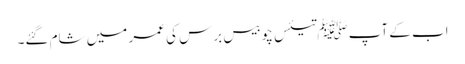
اب کے آپ ﷺتیئس چوبیس برس کی عمر میں شام گئے۔